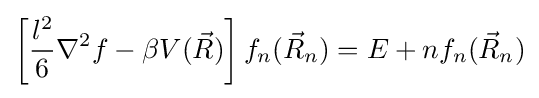
\left[{\frac {l^{2}}{6}}\nabla ^{2}f-\beta V({\vec {R}})\right]f_{n}({\vec {R}}_{n})=E+nf_{n}({\vec {R}}_{n})